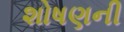
શોષણની